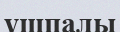
үшпалы